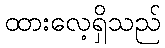
ထားလေ့ရှိသည်